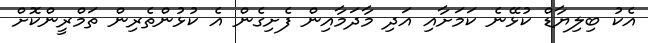
އެކު ބިލިޔާޑް ކުޅޭނެ ކަމަށާއި އަދި މާދަމާއިން ފެށިގެން އެ ކުޅުންތެރިން ތަމްރީންކޮށް